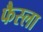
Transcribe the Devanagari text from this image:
फैस्ला